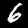
Digit: 6